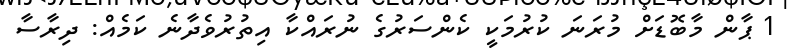
1 ޕާން މާބޮޑަށް މުރަނަ ކުރުމަކީ ކެންސަރުގެ ނުރައްކާ އިތުރުވެދާނެ ކަމެއް: ދިރާސާ